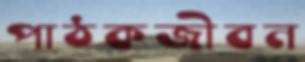
পাঠকজীবন